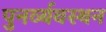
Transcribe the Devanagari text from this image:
पुनर्व्यवस्थन